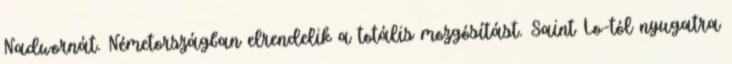
Nadwornát. Németországban elrendelik a totális mozgósítást. Saint Lo-tól nyugatra